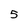
Character: 5